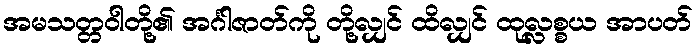
အမသတ္တဝါတို့၏ အင်္ဂါဇာတ်ကို တို့လျှင် ထိလျှင် ထုလ္လစ္စယ အာပတ်